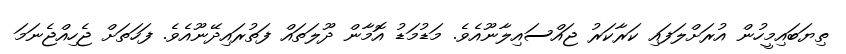
ތިޔަބައިމީހުން އުރަށްލަފައި ކަރާކަރު ޖައްސައިލާނޫއެވެ. މަޑުމަޑު އޮމާން ދޫލަތައް ފަތުރައިދޭނޫއެވެ. ފަހަތަށް ޖެހިއްޖެނަމަ